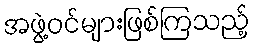
အဖွဲ့ဝင်များဖြစ်ကြသည့်